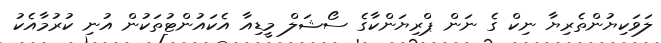
ލަވަކިޔުންތެރިޔާ ނިކް ގެ ނަން ޕްރިޔަންކާގެ ސޯޝަލް މީޑިއާ އެކައުންޓުތަކުން އުނި ކުރުމާއެކު